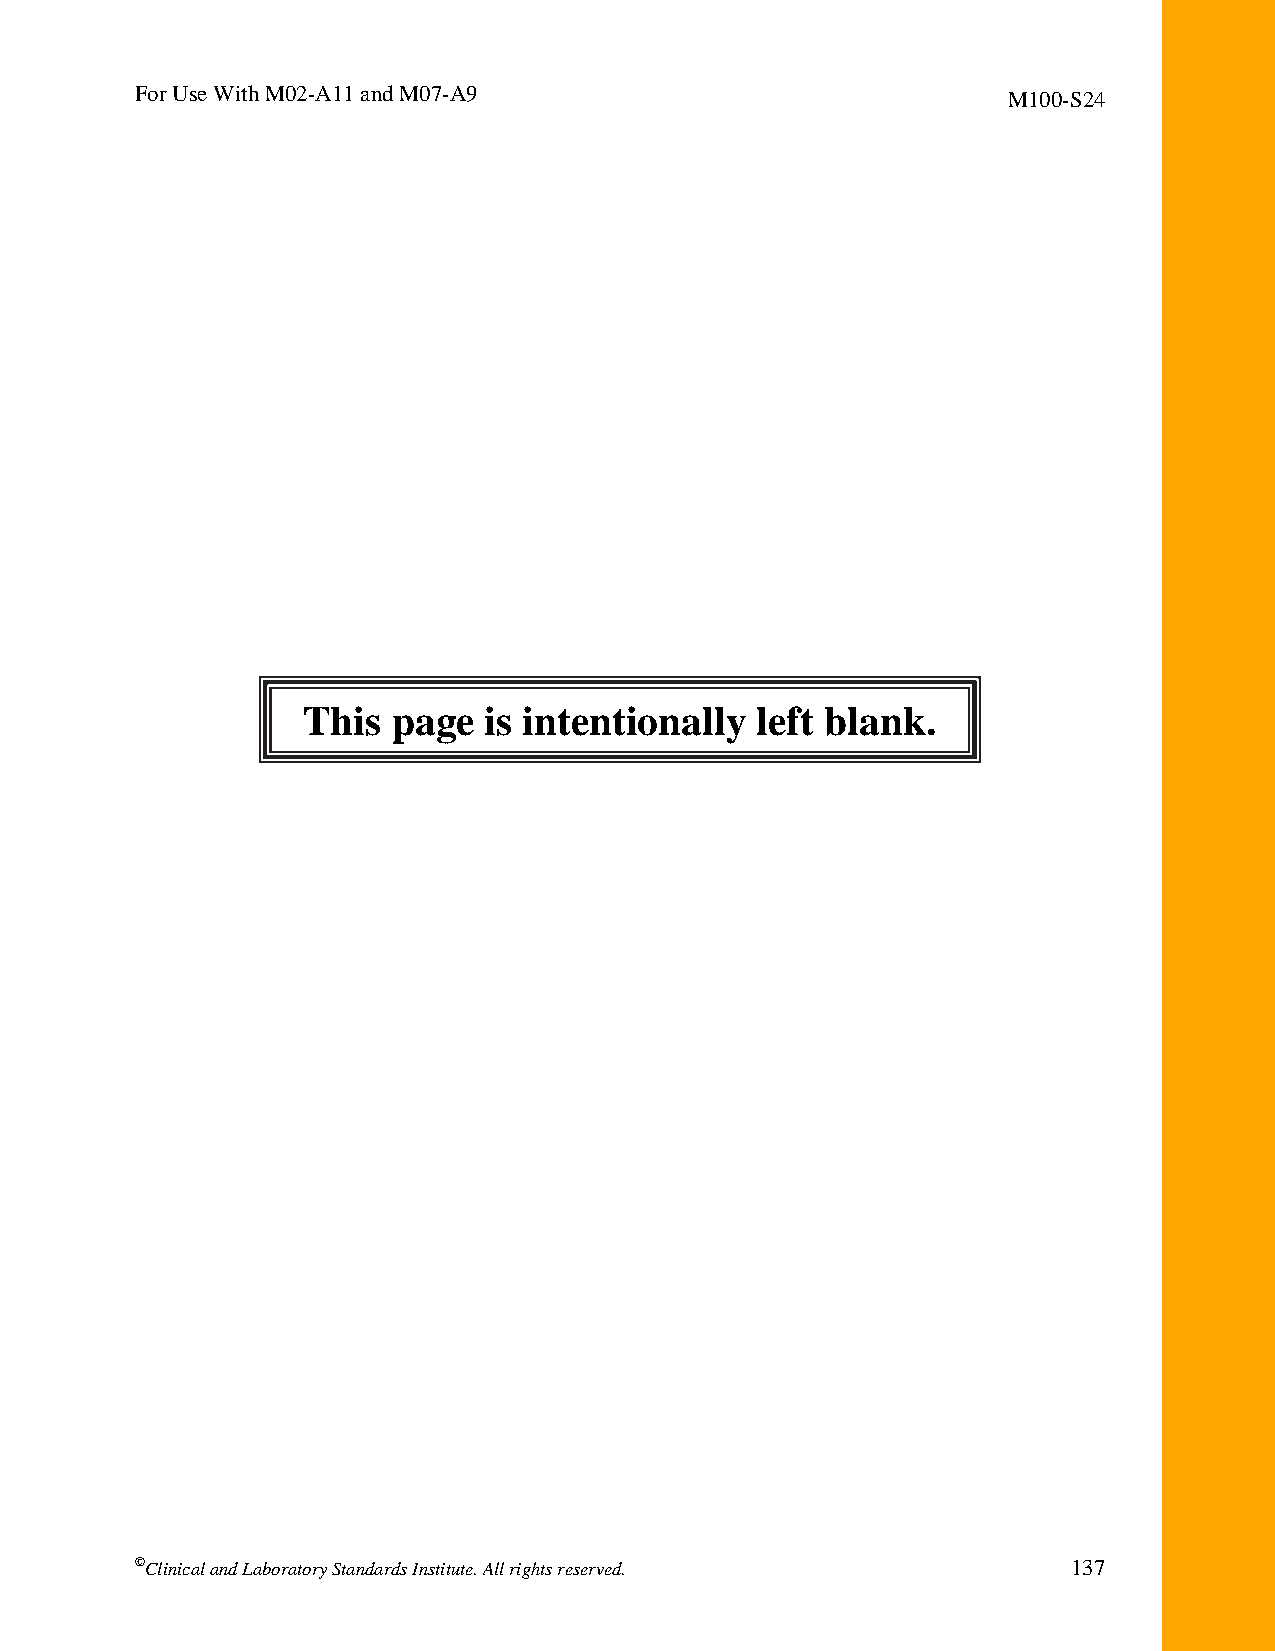
For Use With M02-A11 and M07-A9                           M100-S24
 This  page  is intentionally  left blank.
 ©Clinical and Laboratory Standards Institute. All rights reserved. 137
 Thisdocumentisprotectedbycopyright.
 PublishedOn1/1/2014.